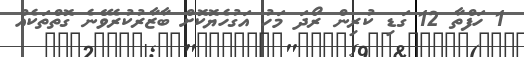
1 ހަފްތާ 12 ގަޑި ކުރިން ރޯދަ މަހު އަގުހެޔޮކޮށް ބާޒާރުކުރެވޭނެ ގޮތްތަކެއް